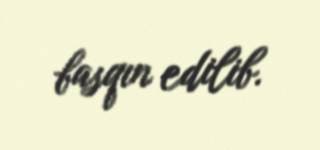
basqın edilib.